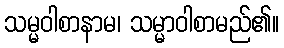
သမ္မဝါစာနာမ၊ သမ္မာဝါစာမည်၏။